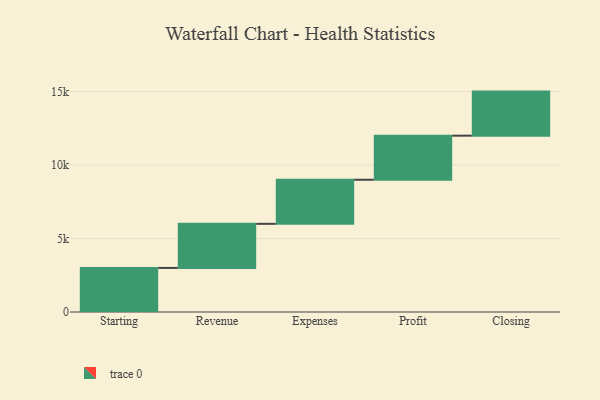
{"axis": {"x": "Step", "y": "Value"}, "legend": [""], "data": [{"x": "Starting", "y": 3000, "type": ""}, {"x": "Revenue", "y": 3000, "type": ""}, {"x": "Expenses", "y": 3000, "type": ""}, {"x": "Profit", "y": 3000, "type": ""}, {"x": "Closing", "y": 3000, "type": ""}]}